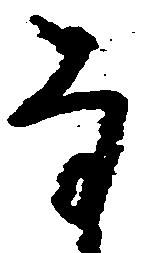
な